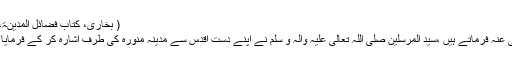
( بخاری، کتاب فضائل المدینۃ، باب حرم المدینۃ، ۱ / ۶۱۶، الحدیث: ۱۸۶۹)
(4)… حضرت سہل بن حنیف رَضِیَ اللّٰہُ تَعَالٰی عَنْہُ فرماتے ہیں ،سیّد المرسَلین صَلَّی اللّٰہُ تَعَالٰی عَلَیْہِ وَاٰلِہ وَ سَلَّمَ نے اپنے دست ِاَقدس سے مدینہ منورہ کی طرف اشارہ کر کے فرمایا’’ بے شک یہ حرم ہے اور امن کا گہوارہ ہے۔